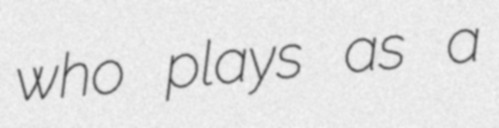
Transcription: who plays as a